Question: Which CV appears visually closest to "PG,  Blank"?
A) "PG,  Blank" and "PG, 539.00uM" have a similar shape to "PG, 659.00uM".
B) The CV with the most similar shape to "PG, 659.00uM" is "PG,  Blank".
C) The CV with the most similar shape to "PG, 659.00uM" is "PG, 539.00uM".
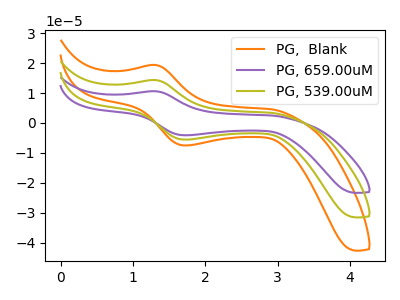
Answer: <think>The orange curve "PG,  Blank" has an anodic peak at (1.30V, 28.65uA) and a cathodic peak at (1.70V, -11.10uA). The purple curve "PG, 659.00uM" has an anodic peak at (1.30V, 10.60uA) and a cathodic peak at (1.70V, -4.10uA). The olive curve "PG, 539.00uM" has an anodic peak at (1.30V, 14.30uA) and a cathodic peak at (1.70V, -5.55uA).
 All the peaks in "PG,  Blank" have a peak in "PG, 659.00uM" at the same potential. Every peak in "PG,  Blank" is higher than every peak in "PG, 659.00uM". All the peaks in "PG,  Blank" have a peak in "PG, 539.00uM" at the same potential. Every peak in "PG,  Blank" is higher than every peak in "PG, 539.00uM". All the peaks in "PG, 659.00uM" have a peak in "PG, 539.00uM" at the same potential. Every peak in "PG, 659.00uM" is lower than every peak in "PG, 539.00uM".</think>
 <answer>A) "PG,  Blank" and "PG, 539.00uM" have a similar shape to "PG, 659.00uM".</answer>
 <eval>A</eval>